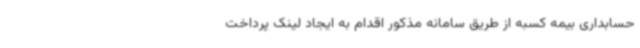
حسابداری بیمه کسبه از طریق سامانه مذکور اقدام به ایجاد لینک پرداخت